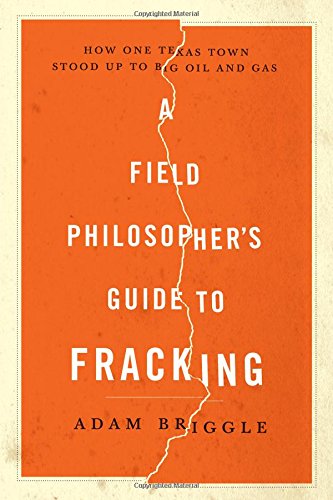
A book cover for A Field Philosopher's Guide to Fracking: How One Texas Town Stood Up to Big Oil and Gas; Adam Briggle; Science & Math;